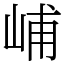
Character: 峬